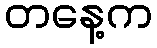
တနေ့က